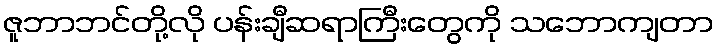
ဇူဘာဘင်တို့လို ပန်းချီဆရာကြီးတွေကို သဘောကျတာ